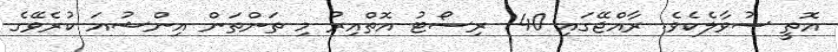
އޮތީ ސުވާލެކެވެ. ރާއްޖޭގައި 140 ރިސޯޓު އޮތްއިރު މި ތަންތަން އިންޝުއަ ކުރެވޭގެ